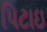
પિટાઇ